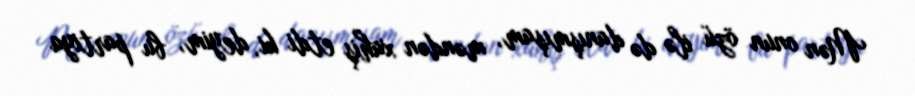
Mən onun özü ilə də danışmışam, məndən xahiş etdi ki, deyim, bu partiya